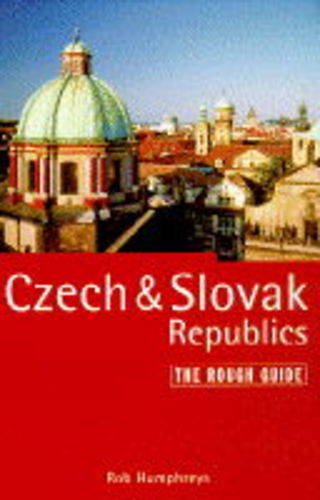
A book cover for The Czech and Slovak Republics: The Rough Guide, Third Edition (3rd ed); Rob Humphreys; Travel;